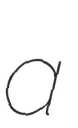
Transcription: a